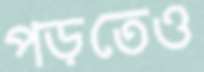
পড়তেও